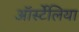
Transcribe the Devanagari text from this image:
ऑर्स्टेलिया